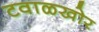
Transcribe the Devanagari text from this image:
टवाळखोर